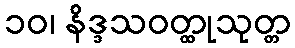
၁၀၊ နိဒ္ဒသဝတ္ထုသုတ္တ